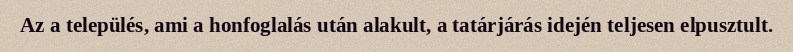
Az a település, ami a honfoglalás után alakult, a tatárjárás idején teljesen elpusztult.